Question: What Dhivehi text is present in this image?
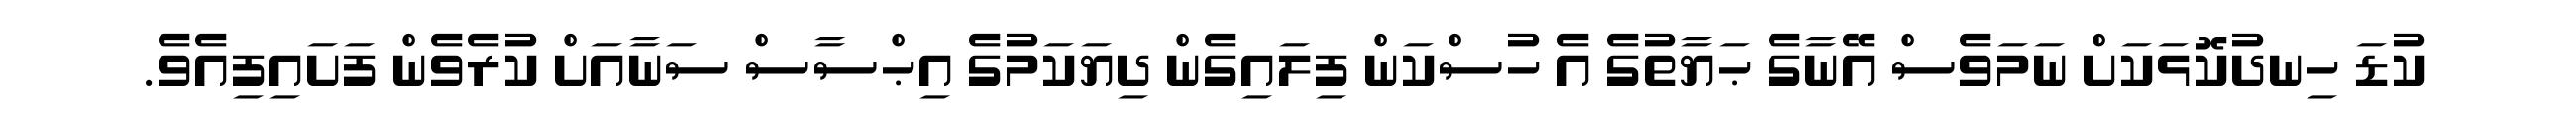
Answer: ކުޑަ ހިނދުކޮޅަކަށް ނަމަވެސް އޭނާގެ ޙަޔާތުގެ އެ ހުސްކަން ފިލައިގެން ދިޔަކަމުގެ އިޙްސާސް ސަނާއަށް ކުރެވެން ފަށައިފިއެވެ.